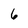
Character: 6